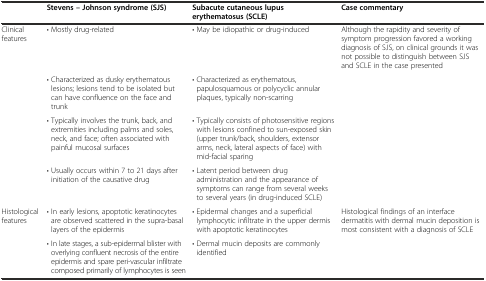
<table><thead><tr><td></td><td><b>Stevens – Johnson syndrome (SJS)</b></td><td><b>Subacute cutaneous lupus erythematosus (SCLE)</b></td><td><b>Case commentary</b></td></tr></thead><tbody><tr><td>Clinical features</td><td>• Mostly drug-related</td><td>• May be idiopathic or drug-induced</td><td>Although the rapidity and severity of symptom progression favored a working diagnosis of SJS, on clinical grounds it was not possible to distinguish between SJS and SCLE in the case presented</td></tr><tr><td></td><td>• Characterized as dusky erythematous lesions; lesions tend to be isolated but can have confluence on the face and trunk</td><td>• Characterized as erythematous, papulosquamous or polycyclic annular plaques, typically non-scarring</td><td></td></tr><tr><td></td><td>• Typically involves the trunk, back, and extremities including palms and soles, neck, and face; often associated with painful mucosal surfaces</td><td>• Typically consists of photosensitive regions with lesions confined to sun-exposed skin (upper trunk/back, shoulders, extensor arms, neck, lateral aspects of face) with mid-facial sparing</td><td></td></tr><tr><td></td><td>• Usually occurs within 7 to 21 days after initiation of the causative drug</td><td>• Latent period between drug administration and the appearance of symptoms can range from several weeks to several years (in drug-induced SCLE)</td><td></td></tr><tr><td>Histological features</td><td>• In early lesions, apoptotic keratinocytes are observed scattered in the supra-basal layers of the epidermis</td><td>• Epidermal changes and a superficial lymphocytic infiltrate in the upper dermis with apoptotic keratinocytes</td><td>Histological findings of an interface dermatitis with dermal mucin deposition is most consistent with a diagnosis of SCLE</td></tr><tr><td></td><td>• In late stages, a sub-epidermal blister with overlying confluent necrosis of the entire epidermis and spare peri-vascular infiltrate composed primarily of lymphocytes is seen</td><td>• Dermal mucin deposits are commonly identified</td><td></td></tr></tbody></table>